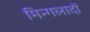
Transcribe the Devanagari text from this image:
मिन्गलादों